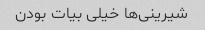
شیرینی‌ها خیلی بیات بودن